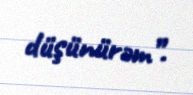
düşünürəm”.